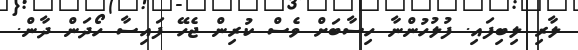
ލާރި ލިބިފައި. ފުލުހުންނާ ހިސާބަށް ވެސް ކުރިން ޖެހޭ ފައިސާ ހޯދަން ދާން.